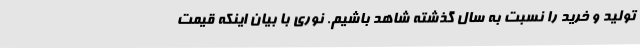
تولید و خرید را نسبت به سال گذشته شاهد باشیم. نوری با بیان اینکه قیمت